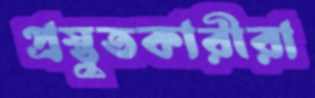
প্রস্তুতকারীরা